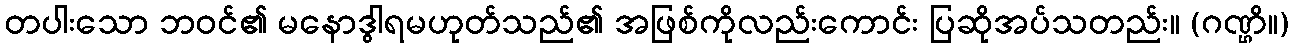
တပါးသော ဘဝင်၏ မနောဒွါရမဟုတ်သည်၏ အဖြစ်ကိုလည်းကောင်း ပြဆိုအပ်သတည်း။ (ဂဏ္ဌိ။)